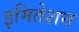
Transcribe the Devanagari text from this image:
इमितेशन